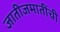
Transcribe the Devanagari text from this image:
जातीजमातींची